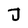
Character: J